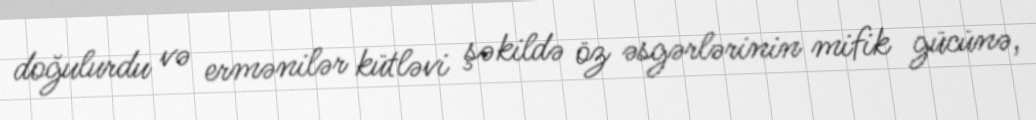
doğulurdu və ermənilər kütləvi şəkildə öz əsgərlərinin mifik gücünə,